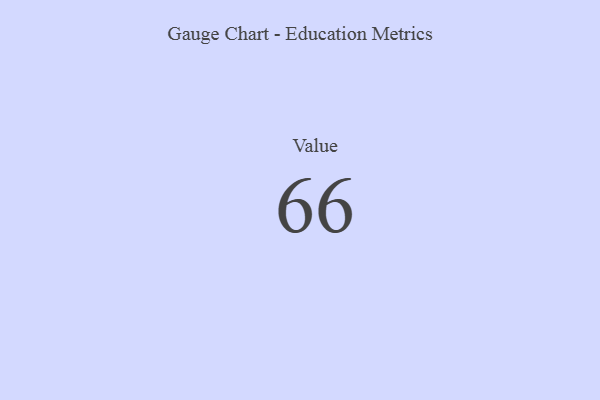
{"axis": {"x": "Metric", "y": "Value"}, "legend": [""], "data": [{"x": "Value", "y": 66, "type": ""}]}